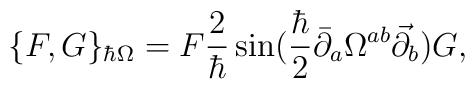
\{ F, G\}_{\hbar\Omega} =    F\frac{2}{\hbar} \sin (\frac{\hbar}{2}\bar\partial_{a}\Omega^{ab}\vec\partial_{b})G,